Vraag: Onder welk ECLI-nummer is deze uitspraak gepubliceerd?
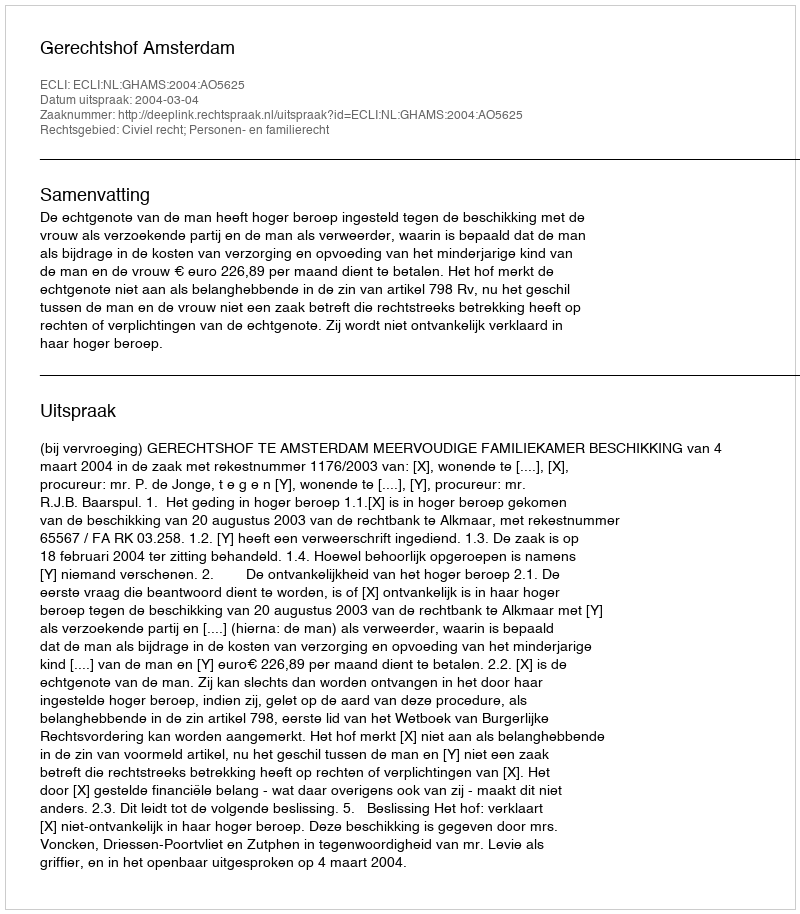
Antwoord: ECLI:NL:GHAMS:2004:AO5625